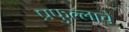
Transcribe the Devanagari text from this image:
प्रफुल्लाचे